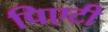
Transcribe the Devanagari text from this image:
पिएटी